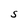
Character: S